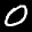
Label: 0